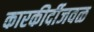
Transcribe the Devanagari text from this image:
कारकीर्दीजवळ